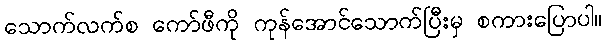
သောက်လက်စ ကော်ဖီကို ကုန်အောင်သောက်ပြီးမှ စကားပြောပါ။